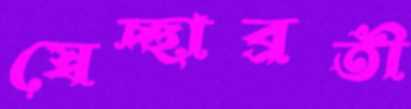
স্বেচ্ছাব্রতী